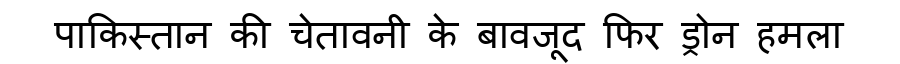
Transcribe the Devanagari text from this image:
पाकिस्तान की चेतावनी के बावजूद फिर ड्रोन हमला